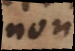
non